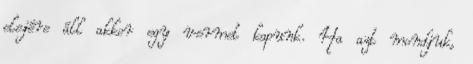
elejére áll akkor egy vermet kapunk. Ha azt mondjuk,